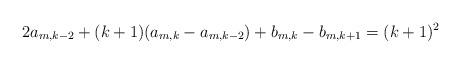
LaTeX: \begin{align*}2a_{m,k-2} +(k+1)(a_{m,k}-a_{m,k-2}) + b_{m,k}-b_{m,k+1} =(k+1)^2\end{align*}